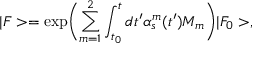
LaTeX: | F > = \exp \biggl ( \sum _ { m = 1 } ^ { 2 } \int _ { t _ { 0 } } ^ { t } d t ^ { \prime } \alpha _ { s } ^ { m } ( t ^ { \prime } ) M _ { m } \biggr ) | F _ { 0 } > ,